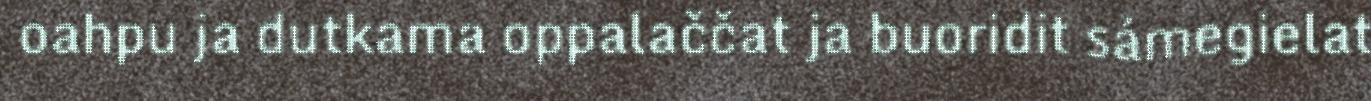
oahpu ja dutkama oppalaččat ja buoridit sámegielat